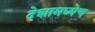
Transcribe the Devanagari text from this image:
देशामध्येच